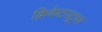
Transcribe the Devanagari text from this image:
क्रिकेटपटूचा